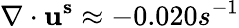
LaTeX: \nabla\cdot\mathbf{u^{s}}\approx-0.020s^{-1}